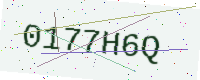
Text: 0177H6Q